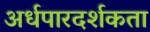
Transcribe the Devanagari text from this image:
अर्धपारदर्शकता